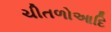
ચીતળોઆદિ